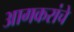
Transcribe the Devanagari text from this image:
आगकरांचे